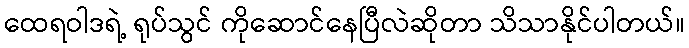
ထေရဝါဒရဲ့ ရုပ်သွင် ကိုဆောင်နေပြီလဲဆိုတာ သိသာနိုင်ပါတယ်။